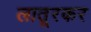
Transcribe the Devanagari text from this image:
लातूरकर